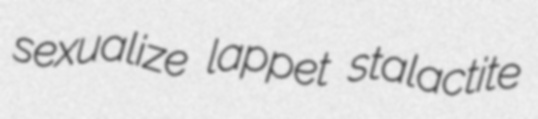
sexualize lappet stalactite